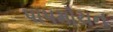
પાપમોચન